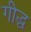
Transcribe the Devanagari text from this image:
गीद्ध